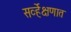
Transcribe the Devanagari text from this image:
सर्व्हेक्षणात